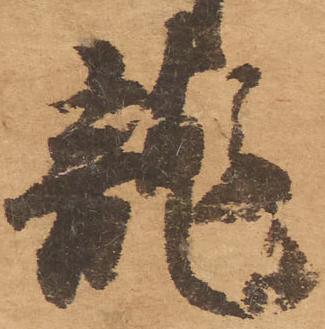
龍